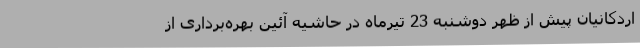
اردکانیان پیش از ظهر دوشنبه 23 تیرماه در حاشیه آئین بهره‌برداری از